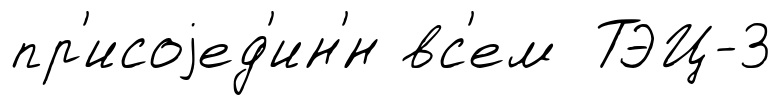
пр'исоjед'ин'́н вс'ем ТЭЦ-3